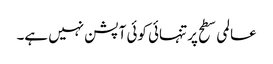
عالمی سطح پر تنہائی کوئی آپشن نہیں ہے۔